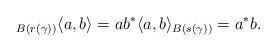
LaTeX: \begin{align*}_{B(r(\gamma))}\langle a,b\rangle=ab^* \langle a,b\rangle_{B(s(\gamma))}=a^*b.\end{align*}